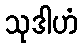
သုဒါဟံ